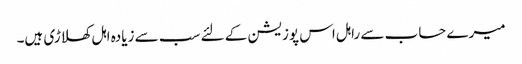
میرے حساب سے راہل اس پوزیشن کے لئے سب سے زیادہ اہل کھلاڑی ہیں۔